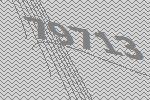
79713